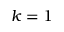
k = 1